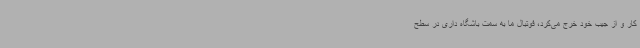
کار و از جیب خود خرج می‌کرد، فوتبال ما به سمت باشگاه داری در سطح